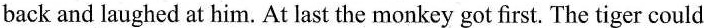
back and laughed at him. At last the monkey got first. The tiger could